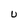
Character: U